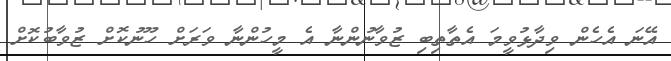
އޭނަ އެހެން ވިދާޅުވީމަ އެތާތިބި ޒުވާނުންނާ އެ މީހުންނާ ވަރަށް ހޫނުކޮށް ޒުވާބުކޮށް